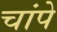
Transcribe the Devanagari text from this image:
चांपे